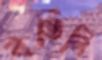
বডিলি